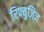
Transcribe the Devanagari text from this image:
रिफ्युज़िज़